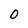
Character: 0